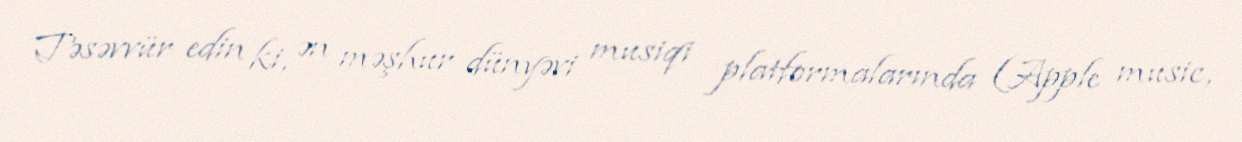
Təsəvvür edin ki, ən məşhur dünyəvi musiqi platformalarında (Apple music,